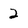
Character: 2